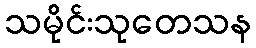
သမိုင်းသုတေသန